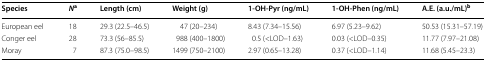
<table><thead><tr><td><b>Species</b></td><td><b><i>N</i><sup>a</sup></b></td><td><b>Length (cm)</b></td><td><b>Weight (g)</b></td><td><b>1-OH-Pyr (ng/mL)</b></td><td><b>1-OH-Phen (ng/mL)</b></td><td><b>A.E. (a.u./mL)<sup>b</sup></b></td></tr></thead><tbody><tr><td>European eel</td><td>18</td><td>29.3 (22.5–46.5)</td><td>47 (20–234)</td><td>8.43 (7.34–15.56)</td><td>6.97 (5.23–9.62)</td><td>50.53 (15.31–57.19)</td></tr><tr><td>Conger eel</td><td>28</td><td>73.3 (56–85.5)</td><td>988 (400–1800)</td><td>0.5 (&lt;LOD–1.63)</td><td>0.03 (&lt;LOD–0.35)</td><td>11.77 (7.97–21.08)</td></tr><tr><td>Moray</td><td>7</td><td>87.3 (75.0–98.5)</td><td>1499 (750–2100)</td><td>2.97 (0.65–13.28)</td><td>0.37 (&lt;LOD–1.14)</td><td>11.68 (5.45–23.3)</td></tr></tbody></table>